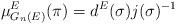
LaTeX: \begin{align*}\displaystyle \mu_{G_n(E)}^E(\pi)=d^E(\sigma)j(\sigma)^{-1}\end{align*}